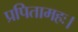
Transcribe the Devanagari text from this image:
प्रपितामहः।